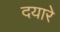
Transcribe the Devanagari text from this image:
दयारे